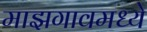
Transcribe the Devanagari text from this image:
माझगावमध्ये